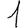
Digit: 1